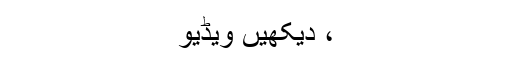
، دیکھیں ویڈیو